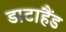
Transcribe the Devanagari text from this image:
डाटाहैंड